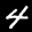
Label: 4